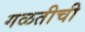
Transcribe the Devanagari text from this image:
गळतीची